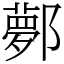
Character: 鄸